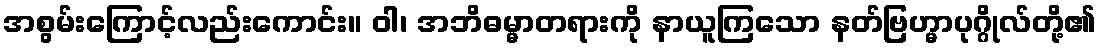
အစွမ်းကြောင့်လည်းကောင်း။ ဝါ၊ အဘိဓမ္မာတရားကို နာယူကြသော နတ်ဗြဟ္မာပုဂ္ဂိုလ်တို့၏